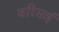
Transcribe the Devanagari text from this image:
वरिसाई